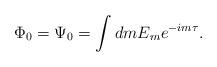
LaTeX: \begin{align*}\Phi_0=\Psi_0= \int dm E_{m} e^{-i m \tau}.\end{align*}